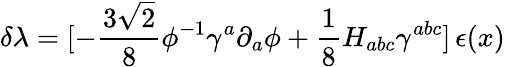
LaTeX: \delta\lambda=[-{\frac{3\sqrt 2}{8}}\phi^{-1}\gamma^{a}\partial_{a}\phi+{\frac{1}{8}}H_{abc}\gamma^{abc}]\, \epsilon(x)